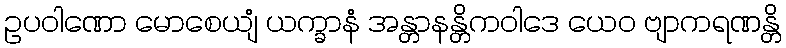
ဥပဝါဏော မောစေယျံ ယက္ခာနံ အန္တာနန္တိကဝါဒေ ယေဝ ဗျာကရဏန္တိ